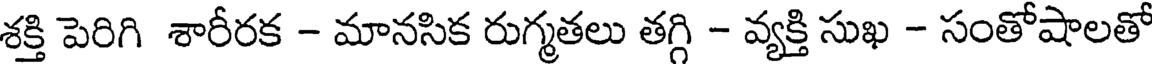
శక్తి పెరిగి శారీరక - మానసిక రుగ్మతలు తగ్గి - వ్యక్తి సుఖ - సంతోషాలతో